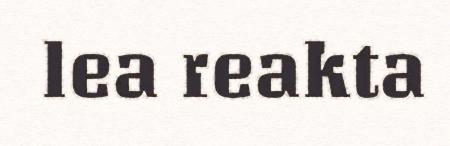
lea reakta